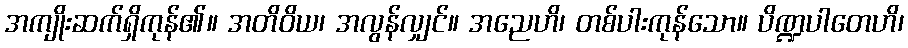
အကျိုးဆက်ရှိကုန်၏။ အတိဝိယ၊ အလွန်လျှင်။ အညေဟိ၊ တစ်ပါးကုန်သော။ ပိဏ္ဍပါတေဟိ၊